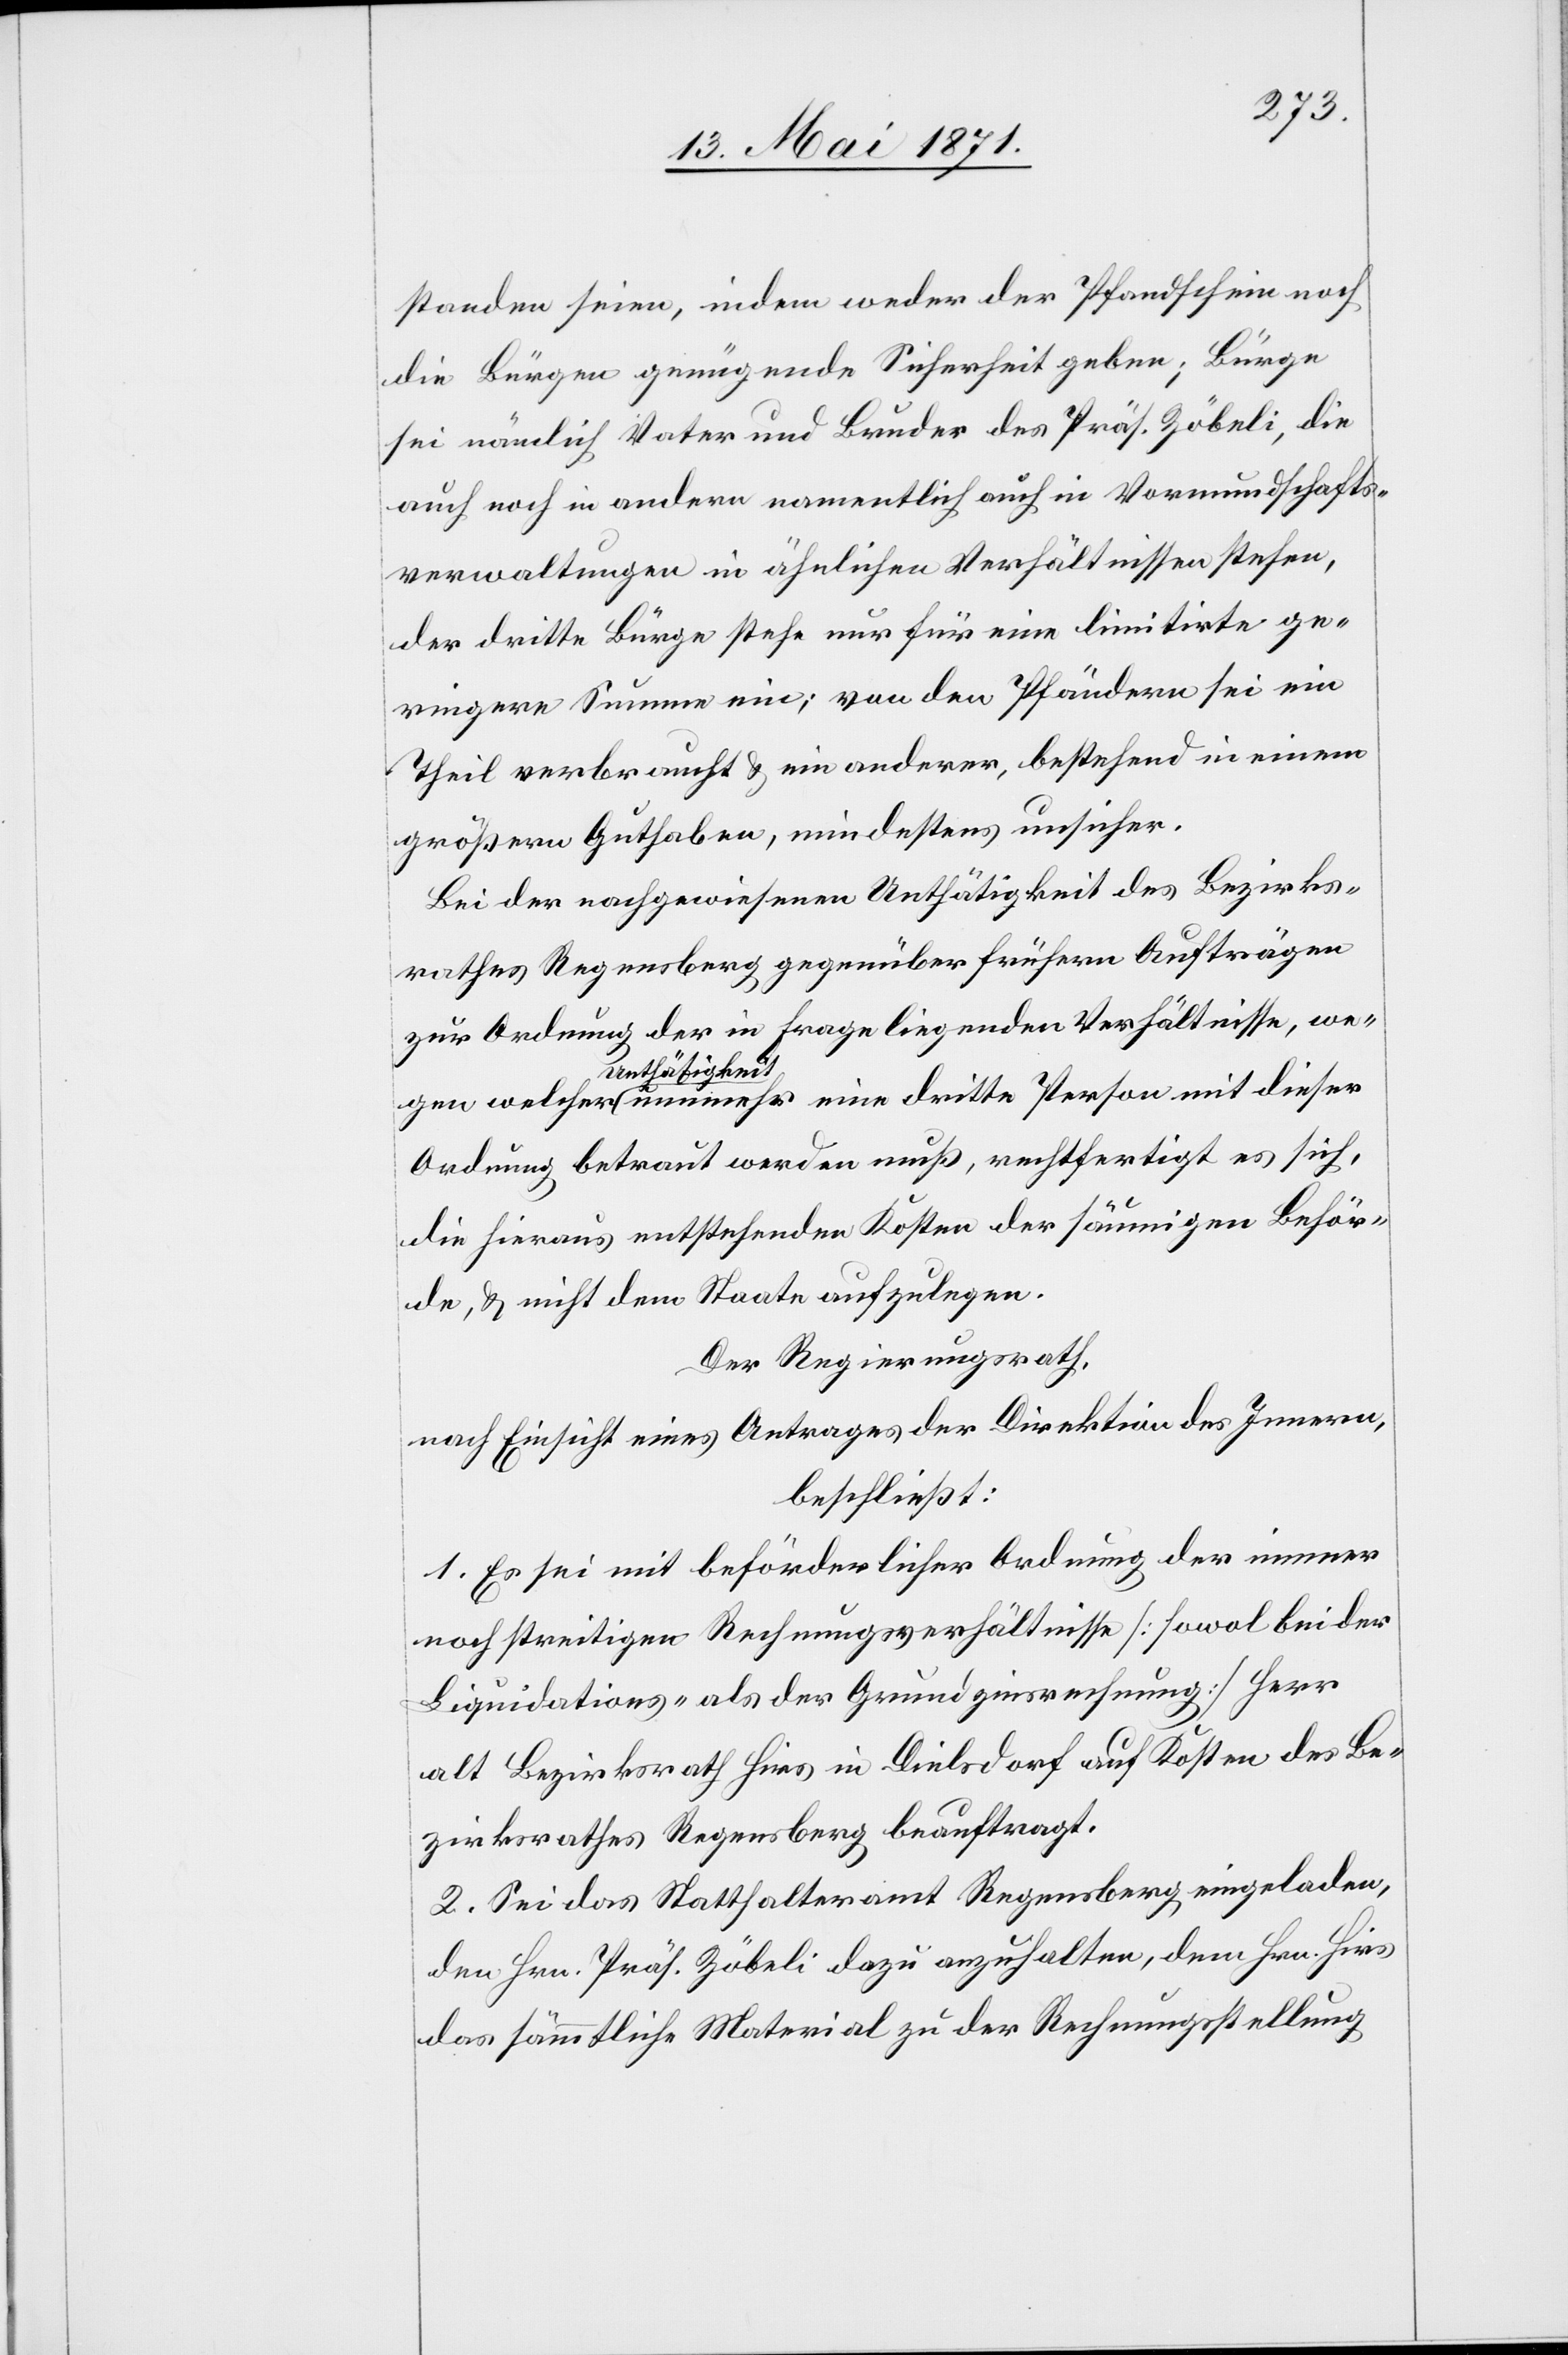
standen seien, indem weder der Pfandschein noch
die Bürgen genügende Sicherheit geben; Bürge
sei nämlich Vater und Bruder des Präs. Zöbeli, die
auch noch in andern namentlich auch in Vormundschafts¬
verwaltungen in ähnlichen Verhältnissen stehen,
der dritte Bürge stehe nur für eine limitirte ge¬
ringere Summe ein; von den Pfänder sei ein
Theil verbraucht u. ein anderer, bestehend in einem
größern Guthaben, mindestens unsicher.
Bei der nachgewiesenen Unthätigkeit des Bezirks¬
rathes Regensberg gegenüber frühern Aufträgen
zur Ordnung der in Frage liegenden Verhältnisse, wegen
Unthätigkeit
Ordnung betraut werden muß, rechtfertigt es sich,
die hieraus entstehenden Kosten der säumigen Behör¬
de, u. nicht dem Staate aufzulegen.
Der Regierungsrath,
nach Einsicht eines Antrages der Direktion des Innern,
beschließt:
1. Es sei mit beförderlicher Ordnung der immer
noch streitigen Rechnungsverhältnisse [sowol bei der
Liquidations- als der Grundzinsrechnung] Herr
alt Bezirksrath Hirs in Dielsdorf auf Kosten des Be¬
zirksrathes Regensberg beauftragt.
2. Sei das Statthalteramt Regensberg eingeladen,
den Hrn. Präs. Zöbeli dazu anzuhalten, dem Hrn. Hirs
das sämmtliche Material zu der Rechnungsstellung